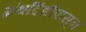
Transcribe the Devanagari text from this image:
ग्रंथदिंडीपासून